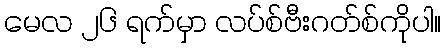
မေလ ၂၆ ရက်မှာ လပ်စ်ဗီးဂတ်စ်ကိုပါ။